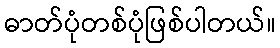
ဓာတ်ပုံတစ်ပုံဖြစ်ပါတယ်။